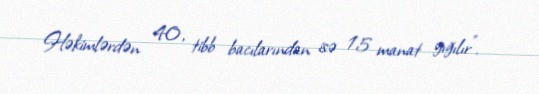
Həkimlərdən 40, tibb bacılarından isə 15 manat yığılır”.